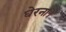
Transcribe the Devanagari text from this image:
घेरना।